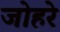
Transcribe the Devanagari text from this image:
जोहरे